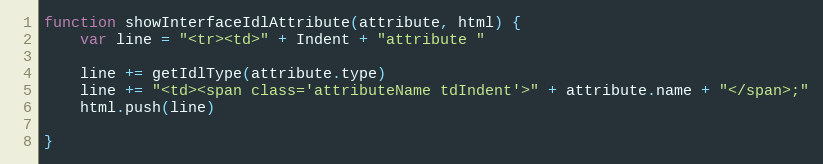
Language: JavaScript
function showInterfaceIdlAttribute(attribute, html) {
    var line = "<tr><td>" + Indent + "attribute "

    line += getIdlType(attribute.type)
    line += "<td><span class='attributeName tdIndent'>" + attribute.name + "</span>;"
    html.push(line)

}